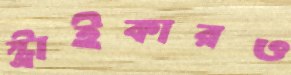
স্ট্রাইকারও